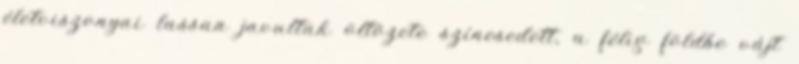
életviszonyai lassan javultak öltözete színesedett, a félig földbe vájt